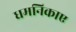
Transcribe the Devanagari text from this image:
धमनिकाए